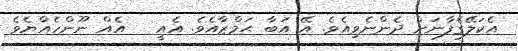
އެކަލޭގެފާނަށް ދެންނެވިއެވެ. އޭ އަބާ ޙަމްޒާއެވެ. އެއީ   އެއް ނޫންހެއްޔެވެ